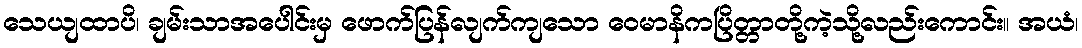
သေယျထာပိ၊ ချမ်းသာအပေါင်းမှ ဖောက်ပြန်လျက်ကျသော ဝေမာနိကပြိတ္တာတို့ကဲ့သို့လည်းကောင်း။ အယံ၊